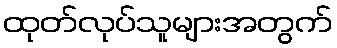
ထုတ်လုပ်သူများအတွက်